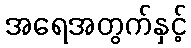
အရေအတွက်နှင့်